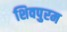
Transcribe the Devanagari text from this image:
शिवपुरम